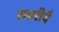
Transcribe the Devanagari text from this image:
रावरीयै